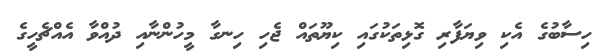
ހިސާބުގެ އެކި ވިޔަފާރި ގޮޅިތަކުގައި ކިޔޫތައް ޖެހި ހިނގާ މީހުންނާއި ދުއްވާ އެއްޗެހީގެ